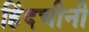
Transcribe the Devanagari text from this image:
हिंदचीनी